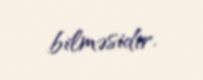
bilməsidir.